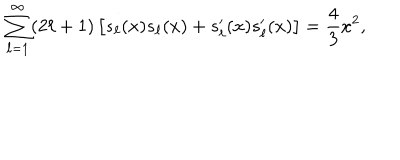
\sum _ { \ell = 1 } ^ { \infty } ( 2 \ell + 1 ) \left[ s _ { \ell } ( x ) s _ { \ell } ( x ) + s _ { \ell } ^ { \prime } ( x ) s _ { \ell } ^ { \prime } ( x ) \right] = { \frac { 4 } { 3 } } x ^ { 2 } ,